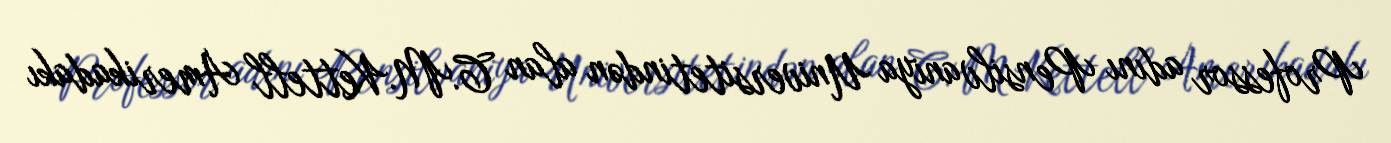
Professor adını Pensilvaniya Universitetindən alan C.M.Kettell Amerikadakı